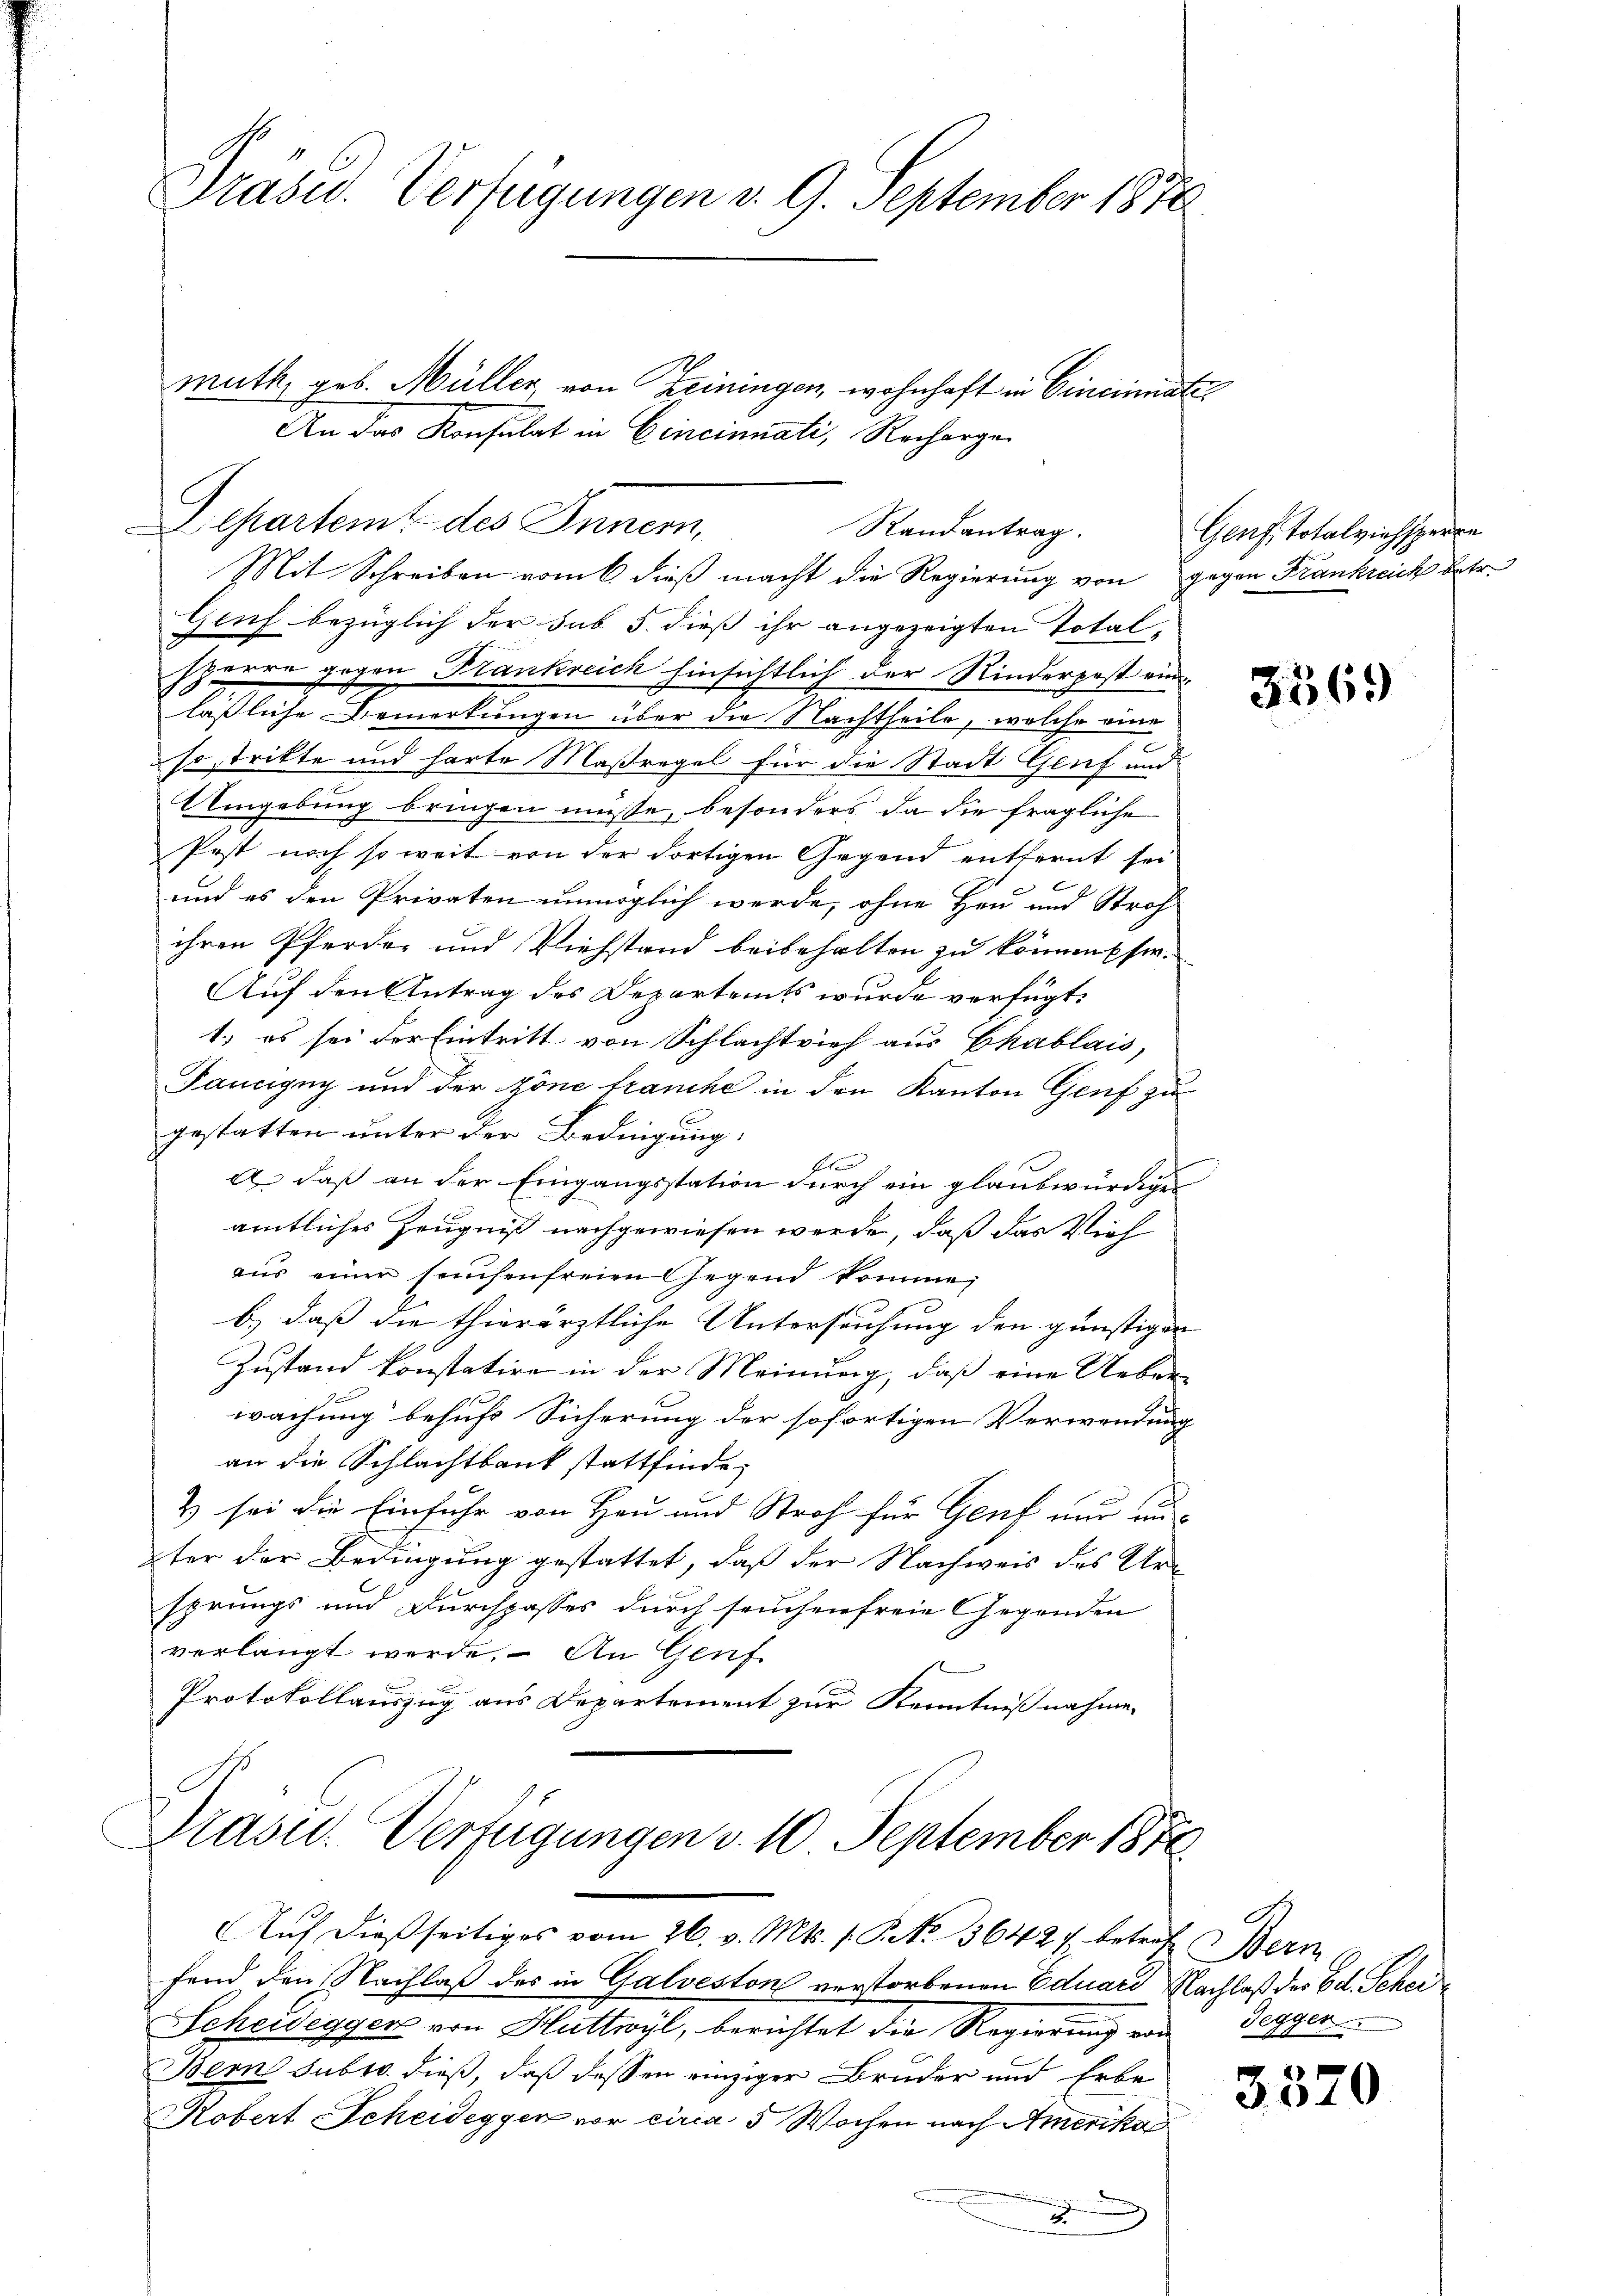
Prasid. Verfügungen v. 9. September 1870

Departemt des Innern,
Randantrag.

Mit Schreiben vom 6. dieß macht die Regierung von gegen Frankreich betr.
Genf bezüglich der sub 5. dieß ihr angezeigten Total-
sperre gegen Frankreich hinsichtlich der Kinderpost ein
läßliche Bemerkungen über die Nachtheile, welche eine
so strikte und harte Maßregel für die Stadt Genf und
Umgebung bringen müsse, besonders da die fragliche
Pest noch so weit von der dortigen Gegend entfernt sei
und es den Privaten unmöglich werde, ohne Heu und Stroh
ihren Pferde, und Viehstand beibehalten zu können ser-
Auf den Antrag des Departents wurde verfügt:
1.) es sei der Eintritt von Schlachtvieh aus Chablais,
Paucigny und der zöne franche in den Kanton Genf zu
gestatten unter der Bedingung:
E
d daß an der Eingangsstation durch ein glaubwürdige
amtliches Zeugniß nachgewiesen werde, daß das Vieh
aus einer seuchenfreien Gegend komme,
b) daß die thierärztliche Untersuchung den günstigen
Zustand konstatire in der Meinung, daß eine Ueber-
wachung behufs Sicherung der sofortigen Verwendung
an die Schlachtbank stattfinde
& sei die Einfuhr von Heu und Stroh für Genf nur unter der Bedingung gestattet, daß der Nachweis des Ursprungs und Durchpasses durch seuchenfreie Gegenden
verlangt werde. – An Genf
Protokollauszug aus Departement zur Kenntnißnahme.
Präsid.. Verfügungen v. 10. September 1850.
Auf dießseitiges vom 26. v. Mts. 1. P. Nr. 3642 f. betref Bern
fend den Nachlaß des in Galveston verstorbenen Eduard Nachlaß der Ed. Scher
Scheidegger von Huttwyl, berichtet die Regierung von Segger
Bern subtr. dieß, daß dessen einziger Bruder und Erbe
Kobert Scheidegger vor circa 5 Wochen nach Amerika
x

muth, geb. Müller von Zeiningen, wohnhaft in Cinciater
An das Konsulat in Cincinuati, Recharge

Genf, Totalviehsperre

3569

3370